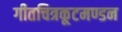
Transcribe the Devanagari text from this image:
गीतचित्रकूटमण्डन